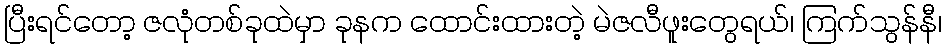
ပြီးရင်တော့ ဇလုံတစ်ခုထဲမှာ ခုနက ထောင်းထားတဲ့ မဲဇလီဖူးတွေရယ်၊ ကြက်သွန်နီ၊